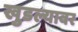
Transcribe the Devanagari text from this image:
खुडल्यावर